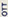
OTT